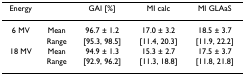
| Energy |  | GAI [%] | MI calc | MI GLAaS |
 | --- | --- | --- | --- | --- |
 | 6 MV | Mean | 96.7 ± 1.2 | 17.0 ± 3.2 | 18.5 ± 3.7 |
 |  | Range | [95.3, 98.5] | [11.4, 20.3] | [11.9, 22.2] |
 | 18 MV | Mean | 94.9 ± 1.3 | 15.3 ± 2.7 | 17.5 ± 3.7 |
 |  | Range | [92.9, 96.2] | [11.3, 18.8] | [11.8, 21.8] |